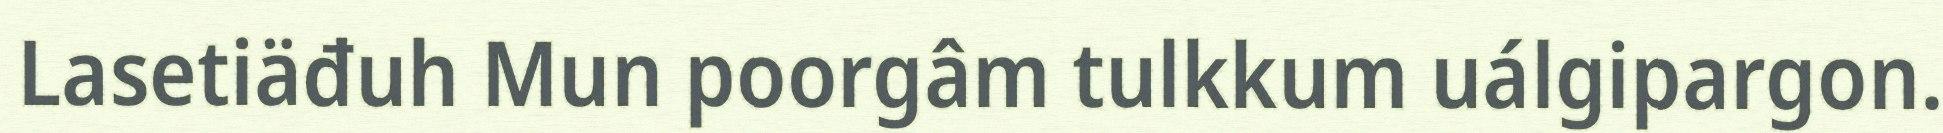
Lasetiäđuh Mun poorgâm tulkkum uálgipargon.